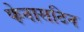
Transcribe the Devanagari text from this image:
फेनासटिन